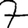
Digit: 7